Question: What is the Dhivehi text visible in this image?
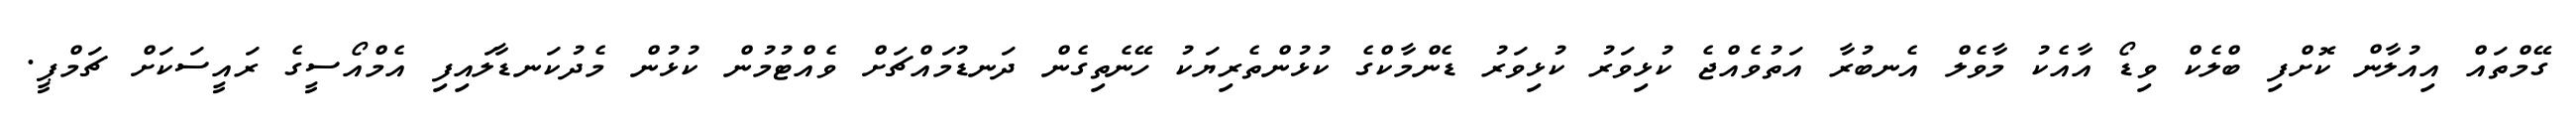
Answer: ގޭމްތައް އިއުލާން ކޮށްފި ބްލެކް ވިޑޯ އާއެކު މާވެލް އެނބުރާ އަތުވެއްޖެ ކުޅިވަރު ކުޅިވަރު ޑެންމާކްގެ ކުޅުންތެރިޔަކު ހޭނެތިގެން ދަނޑުމައްޗަށް ވެއްޓުމުން ކުޅުން މެދުކަނޑާލައިފި އެމްއޯސީގެ ރައީސަކަށް ޗަމްޕީ.